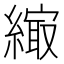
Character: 𦄎